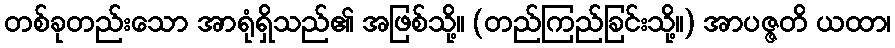
တစ်ခုတည်းသော အာရုံရှိသည်၏ အဖြစ်သို့။ (တည်ကြည်ခြင်းသို့။) အာပဇ္ဇတိ ယထာ၊